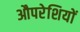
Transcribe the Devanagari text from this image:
औपरेशियों